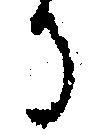
る